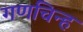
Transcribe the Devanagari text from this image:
गणचिन्ह